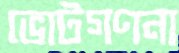
ভোটগণনা